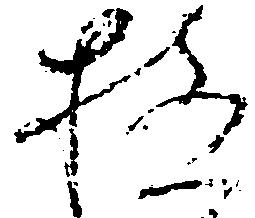
極